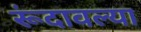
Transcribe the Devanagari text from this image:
रूंदावल्या